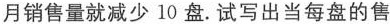
月销售量就减少10盘。试写出当每盘的售